Calcutta medical institutions reports 1892-1900
Year: 1892
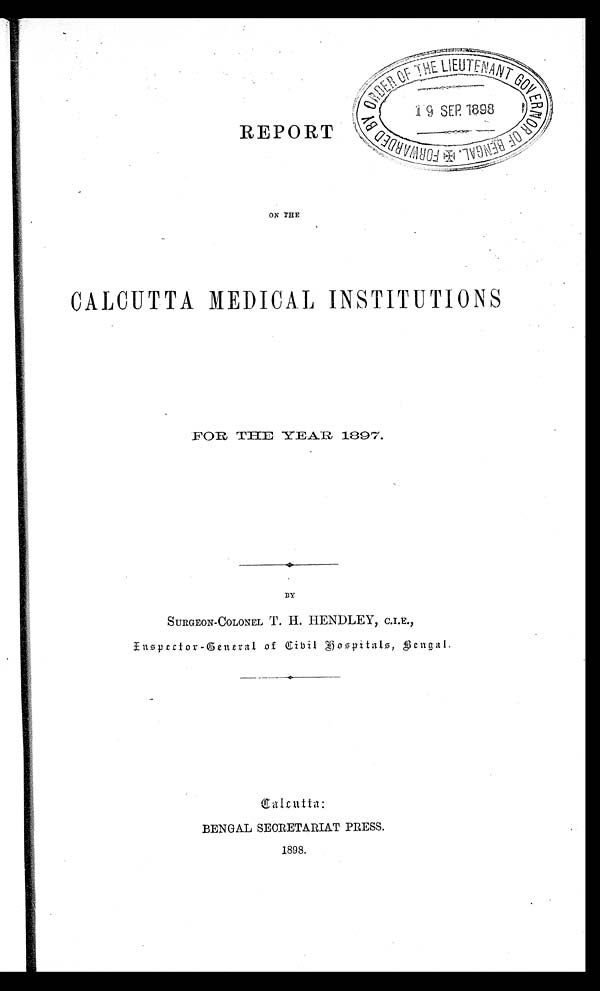
REPORT
ON THE
•
•
CALCUTTA MEDICAL INSTITUTIONS
FOR THE YEAR 1897.
BY
SURGEON-COLONEL T. H. HENDLEY, C.I.E.,
Enspector-General of C ibil Hospitals, Be ngal.
BENGAL SECRETARIAT PRESS.
1898.